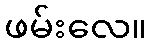
ဖမ်းလေ။